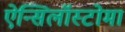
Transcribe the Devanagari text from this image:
ऐन्सिलॉस्टोमा